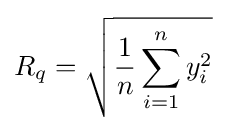
R_{q}={\sqrt {{\frac {1}{n}}\sum _{i=1}^{n}y_{i}^{2}}}